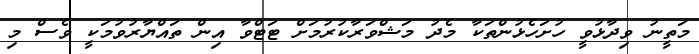
މަތީނު ވިދާޅުވީ ހުށަހެޅުންތަކާ މެދު މަޝްވަރާކުރުމަށް ޓަޓްވާ އިން ތައްޔާރުވުމަކީ ވެސް މި